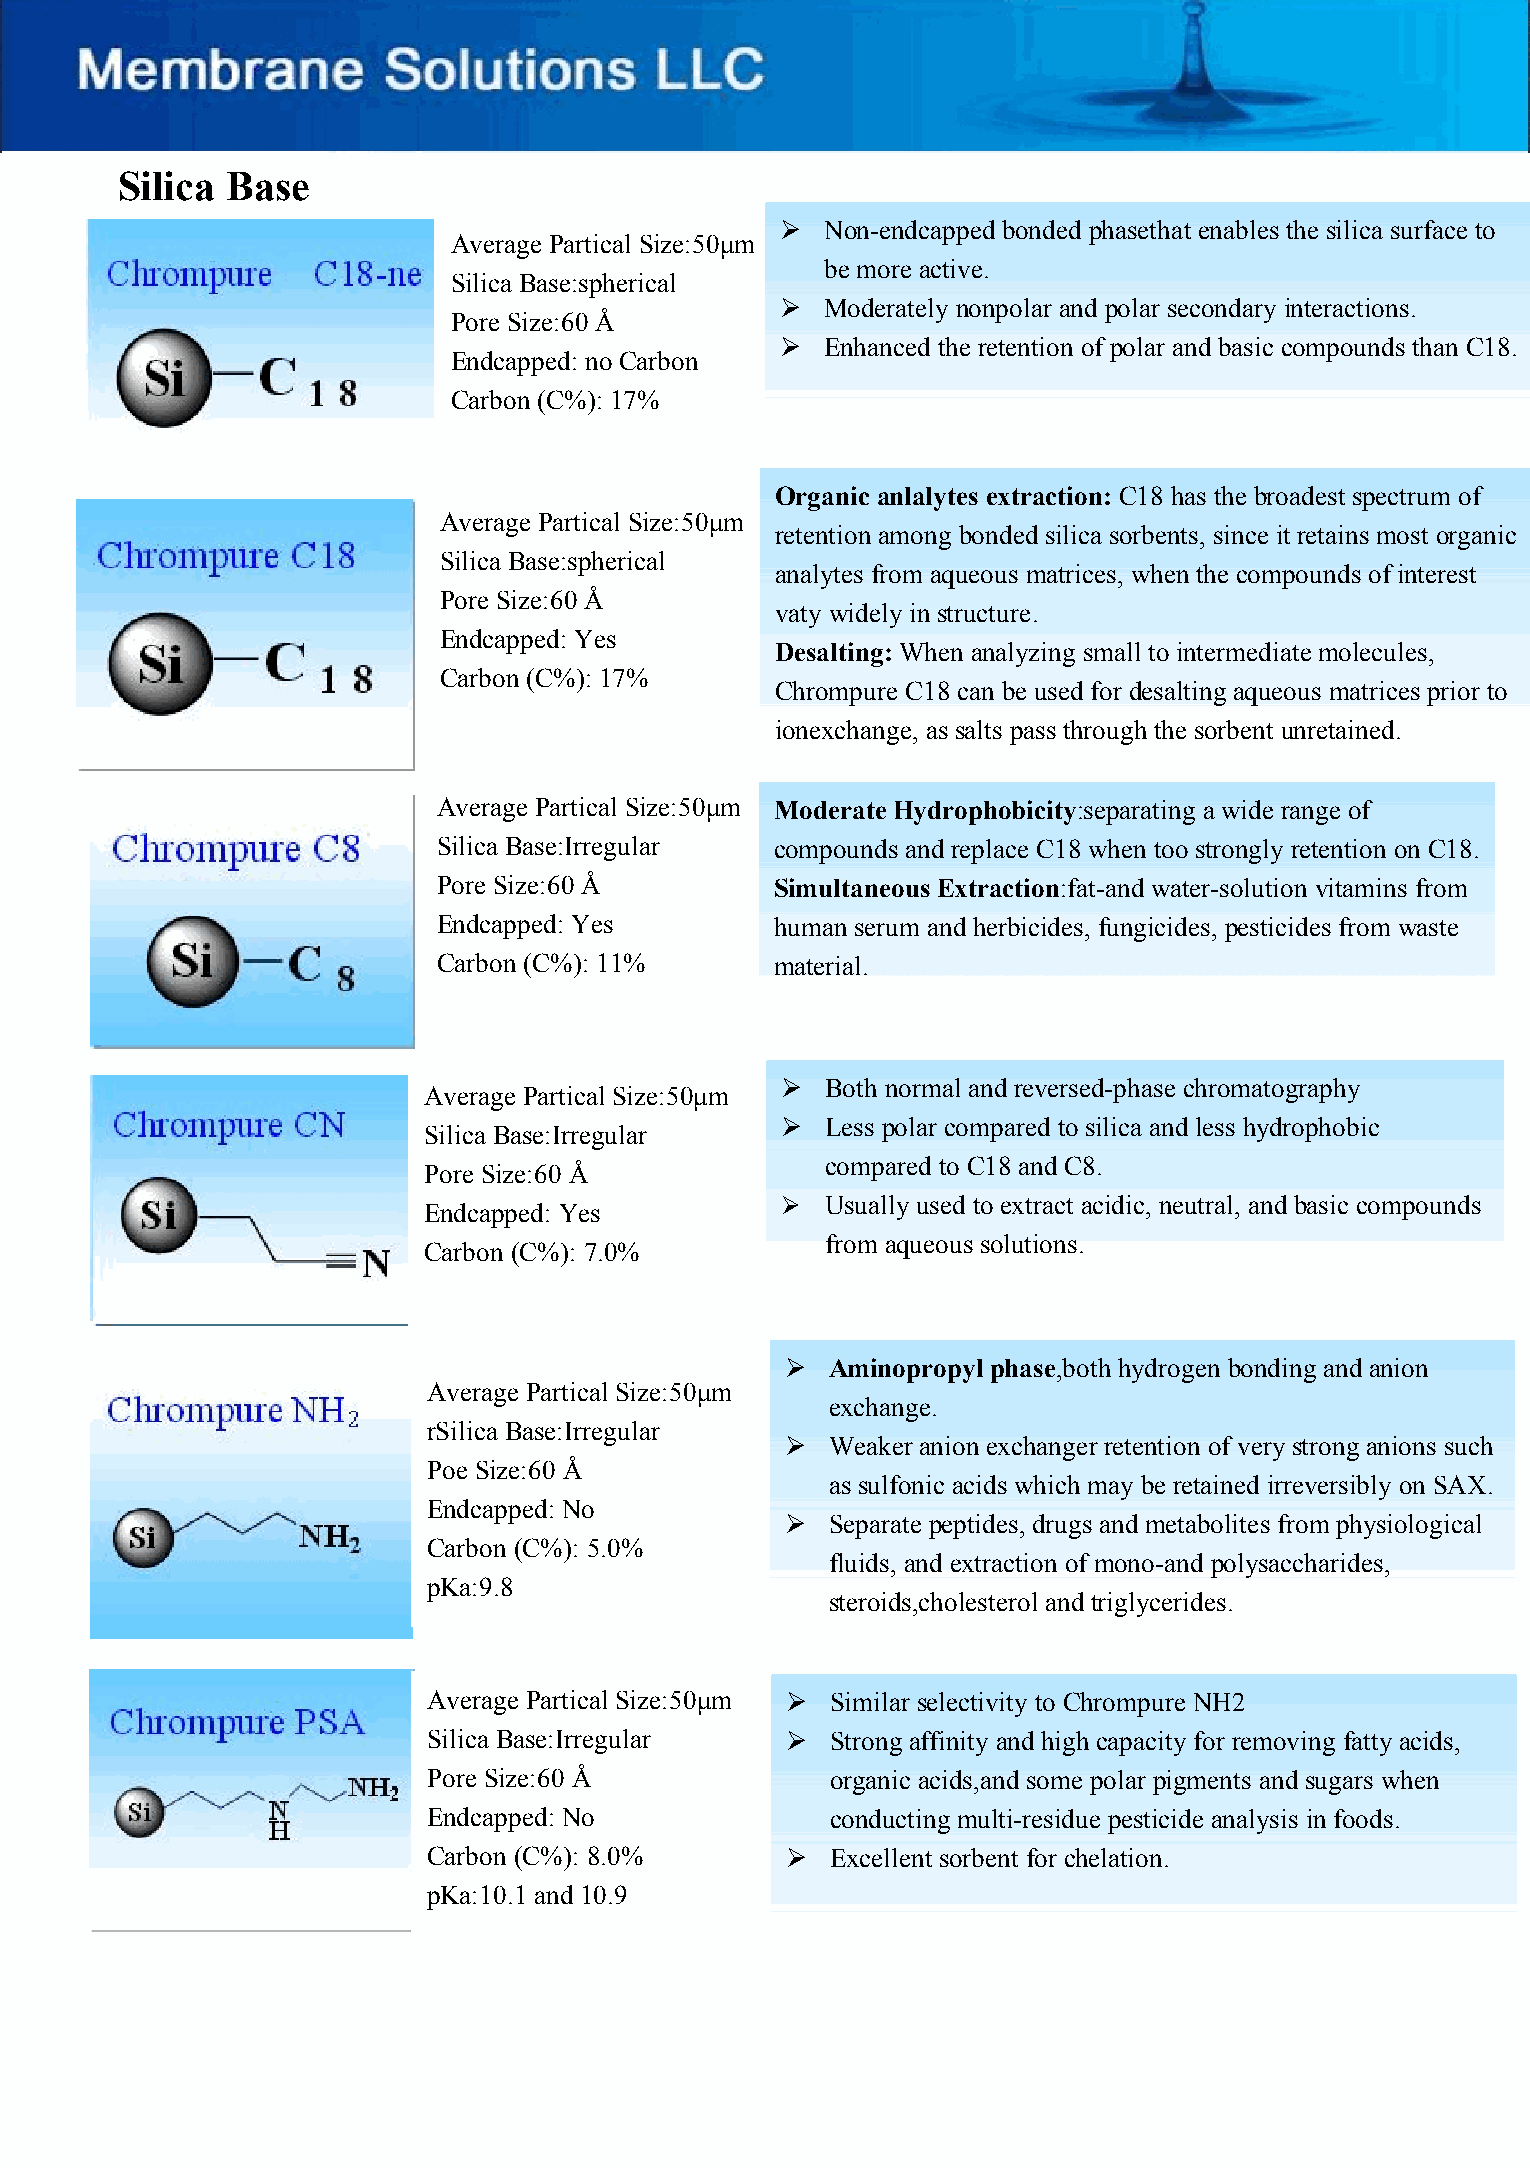
Silica Base
   Non-endcapped bonded phasethat enables the silica surface to
 Average Partical Size:50μm
 be more active.
 Silica Base:spherical
   Moderately nonpolar and polar secondary interactions.
 Pore Size:60 Å
   Enhanced the retention of polar and basic compounds than C18.
 Endcapped: no Carbon
 Carbon (C%): 17%
 Organic anlalytes extraction: C18 has the broadest spectrum of
 Average Partical Size:50μm
 retention among bonded silica sorbents, since it retains most organic
 Silica Base:spherical
 analytes from aqueous matrices, when the compounds of interest
 Pore Size:60 Å
 vaty widely in structure.
 Endcapped: Yes
 Desalting: When analyzing small to intermediate molecules,
 Carbon (C%): 17%
 Chrompure C18 can be used for desalting aqueous matrices prior to
 ionexchange, as salts pass through the sorbent unretained.
 Average Partical Size:50μm Moderate Hydrophobicity:separating a wide range of
 Silica Base:Irregular compounds and replace C18 when too strongly retention on C18.
 Pore Size:60 Å        Simultaneous Extraction:fat-and water-solution vitamins from
 Endcapped: Yes        human serum and herbicides, fungicides, pesticides from waste
 Carbon (C%): 11%      material.
   Both normal and reversed-phase chromatography
 Average Partical Size:50μm
   Less polar compared to silica and less hydrophobic
 Silica Base:Irregular
 compared to C18 and C8.
 Pore Size:60 Å
 Endcapped: Yes            Usually used to extract acidic, neutral, and basic compounds
 from aqueous solutions.
 Carbon (C%): 7.0%
   Aminopropyl phase,both hydrogen bonding and anion
 Average Partical Size:50μm
 exchange.
 rSilica Base:Irregular
   Weaker anion exchanger retention of very strong anions such
 Poe Size:60 Å
 as sulfonic acids which may be retained irreversibly on SAX.
 Endcapped: No
   Separate peptides, drugs and metabolites from physiological
 Carbon (C%): 5.0%
 fluids, and extraction of mono-and polysaccharides,
 pKa:9.8
 steroids,cholesterol and triglycerides.
 Average Partical Size:50μm  Similar selectivity to Chrompure NH2
 Silica Base:Irregular     Strong affinity and high capacity for removing fatty acids,
 Pore Size:60 Å             organic acids,and some polar pigments and sugars when
 Endcapped: No              conducting multi-residue pesticide analysis in foods.
 Carbon (C%): 8.0%         Excellent sorbent for chelation.
 pKa:10.1 and 10.9